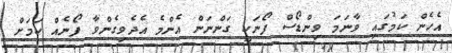
އެހެން ކަމުގައި ވާނަމަ ވިންޑޯސް ފޯނަކީ ގަންނަން އެންމެ އެދެވިގެންވާ ފޯނެއް ކަމަށް